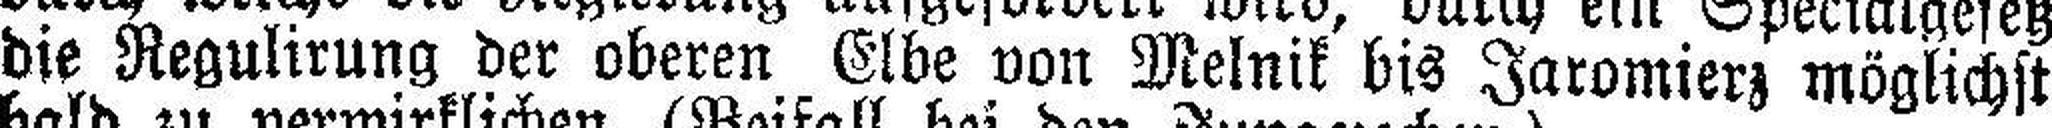
die Regulirung der oberen Elbe von Melnik bis Jaromierz möglichst